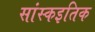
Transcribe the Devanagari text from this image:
सांस्कइतिक